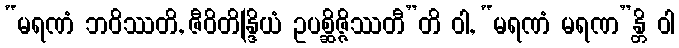
“မရဏံ ဘဝိဿတိ, ဇီဝိတိန္ဒြိယံ ဥပစ္ဆိဇ္ဇိဿတီ”တိ ဝါ, “မရဏံ မရဏ”န္တိ ဝါ